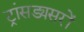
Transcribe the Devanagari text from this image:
ट्रांसड्यसरों